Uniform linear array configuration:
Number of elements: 64
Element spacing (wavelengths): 0.25
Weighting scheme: uniform
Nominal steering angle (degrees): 30
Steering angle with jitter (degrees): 31.617
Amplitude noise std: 0.05
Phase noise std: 0.05

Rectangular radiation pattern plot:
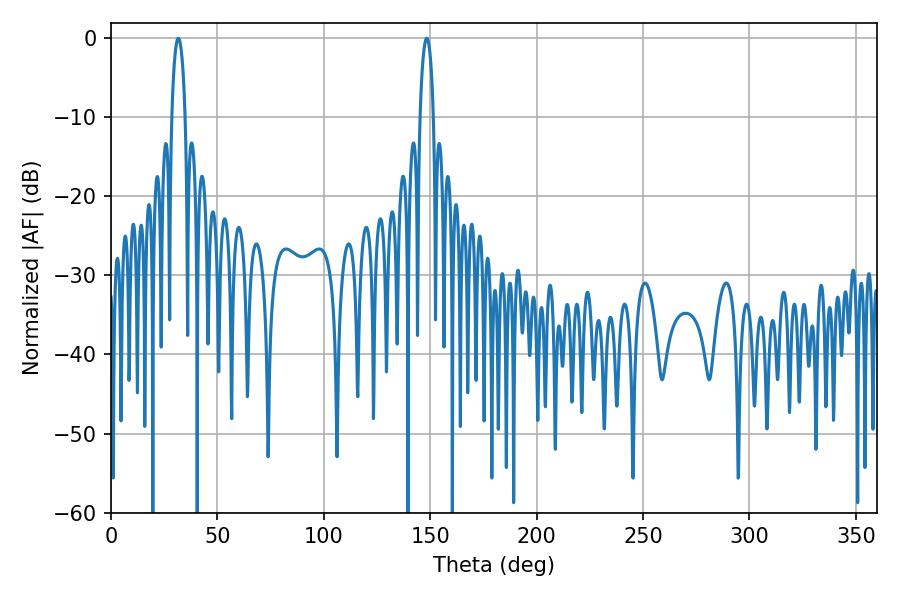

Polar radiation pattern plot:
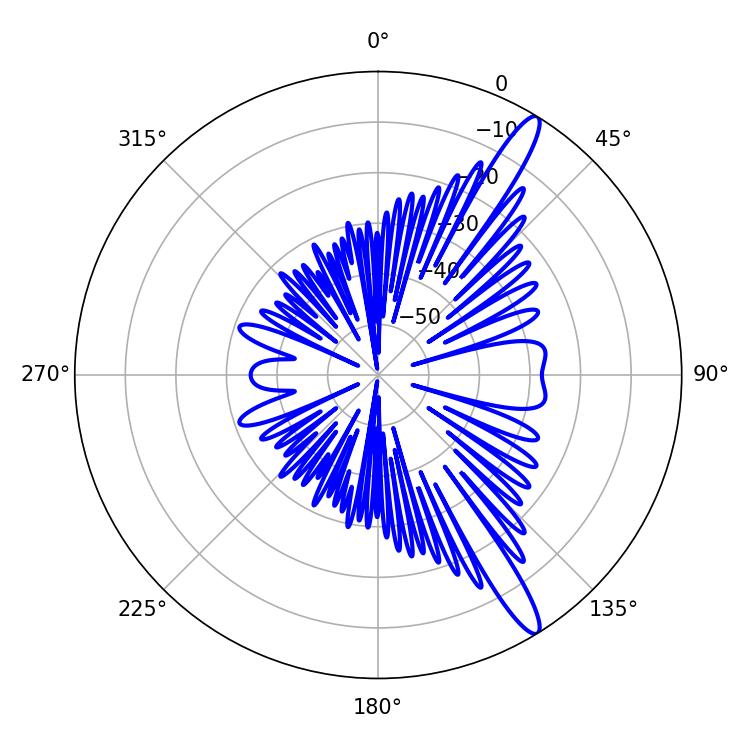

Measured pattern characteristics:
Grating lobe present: FALSE
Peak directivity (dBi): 14.128
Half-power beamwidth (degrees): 3.6
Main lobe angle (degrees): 148.32